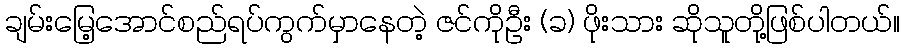
ချမ်းမြေ့အောင်စည်ရပ်ကွက်မှာနေတဲ့ ဇင်ကိုဦး (ခ) ဖိုးသား ဆိုသူတို့ဖြစ်ပါတယ်။